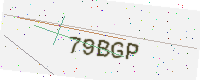
Text: 79BGP